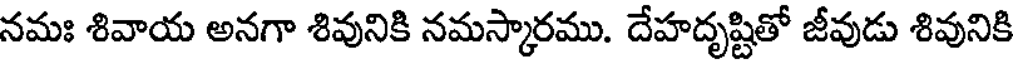
నమః శివాయ అనగా శివునికి నమస్కారము. దేహదృష్టితో జీవుడు శివునికి